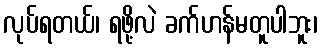
လုပ်ရတယ်၊ ရဖို့လဲ ခက်ဟန်မတူပါဘူး၊